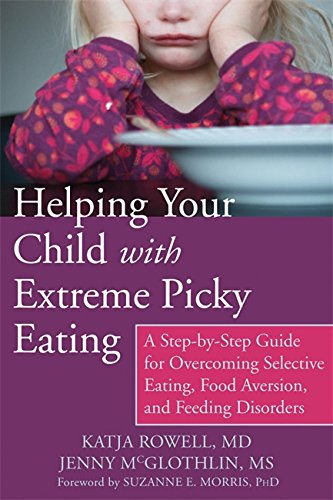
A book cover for Helping Your Child with Extreme Picky Eating: A Step-by-Step Guide for Overcoming Selective Eating, Food Aversion, and Feeding Disorders; Katja Rowell MD; Parenting & Relationships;